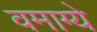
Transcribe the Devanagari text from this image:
वमाग्ये